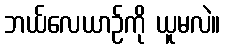
ဘယ်လေယာဉ်ကို ယူမလဲ။